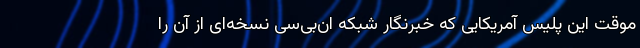
موقت این پلیس آمریکایی که خبرنگار شبکه ان‌بی‌سی نسخه‌ای از آن را